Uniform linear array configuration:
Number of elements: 4
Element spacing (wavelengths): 0.5
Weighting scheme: binomial
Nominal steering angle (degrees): -15
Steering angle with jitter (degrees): -14.01
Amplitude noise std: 0.05
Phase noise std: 0.05

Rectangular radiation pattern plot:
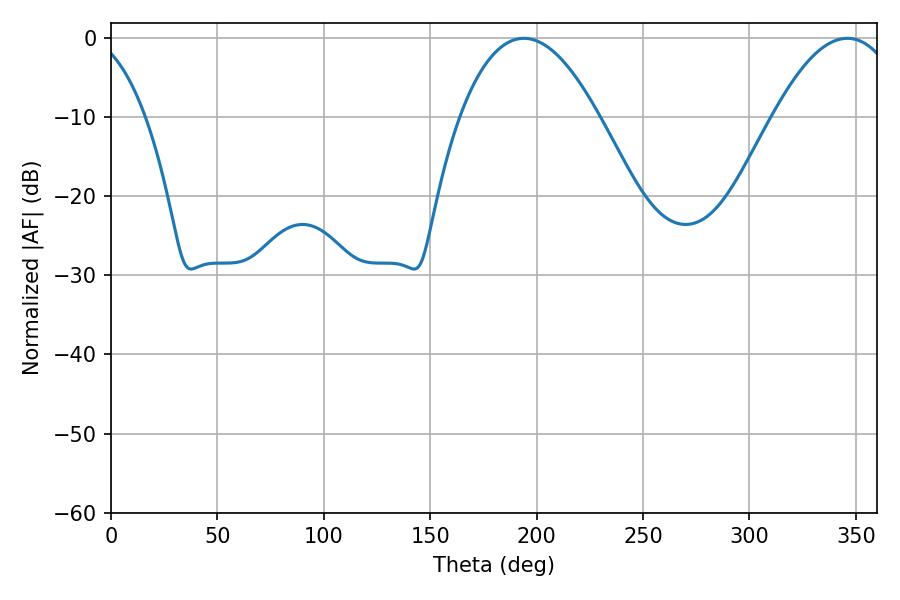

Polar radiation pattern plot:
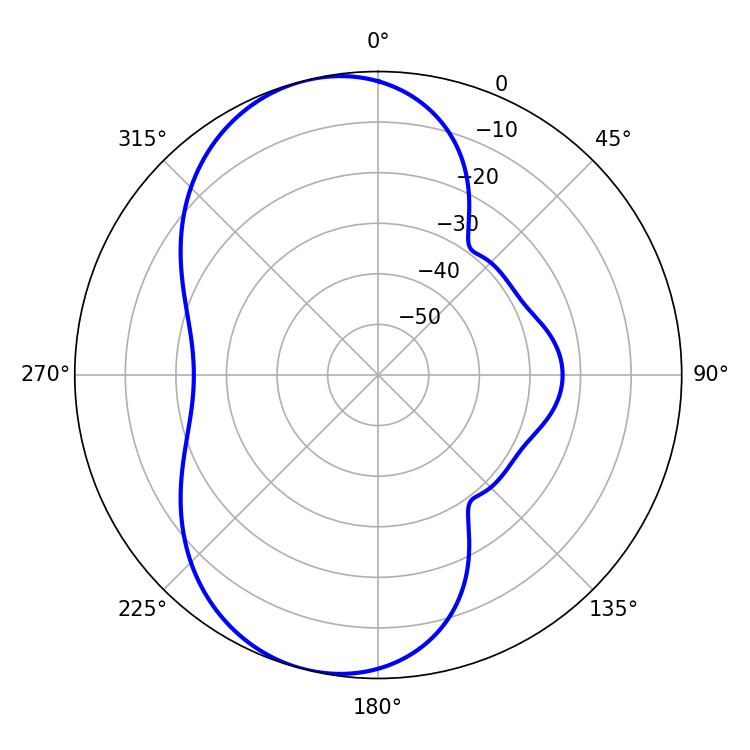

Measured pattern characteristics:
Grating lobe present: FALSE
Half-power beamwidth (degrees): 36
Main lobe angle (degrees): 194.04